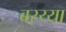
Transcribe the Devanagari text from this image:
बरय्या